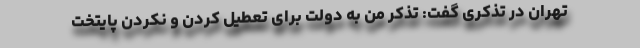
تهران در تذکری گفت: تذکر من به دولت برای تعطیل کردن و نکردن پایتخت